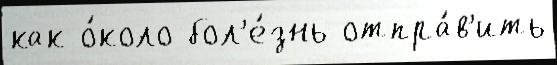
как о́коло бол'е́знь отпра́в'ить